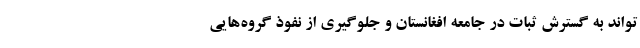
‌تواند به گسترش ثبات در جامعه افغانستان و جلوگیری از نفوذ گروه‌هایی